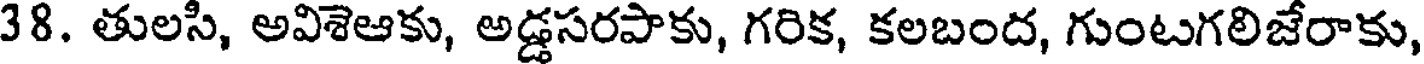
38. తులసి, అవిశెఆకు, అడ్డసరపాకు, గరిక, కలబంద, గుంటగలిజేరాకు,